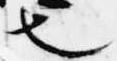
也